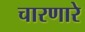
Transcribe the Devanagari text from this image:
चारणारे